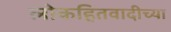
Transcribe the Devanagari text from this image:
लोकहितवादीच्या